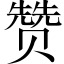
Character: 赞